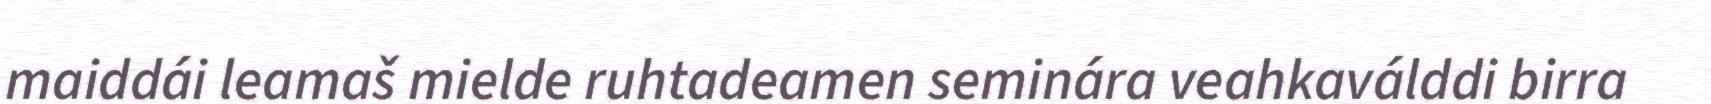
maiddái leamaš mielde ruhtadeamen seminára veahkaválddi birra